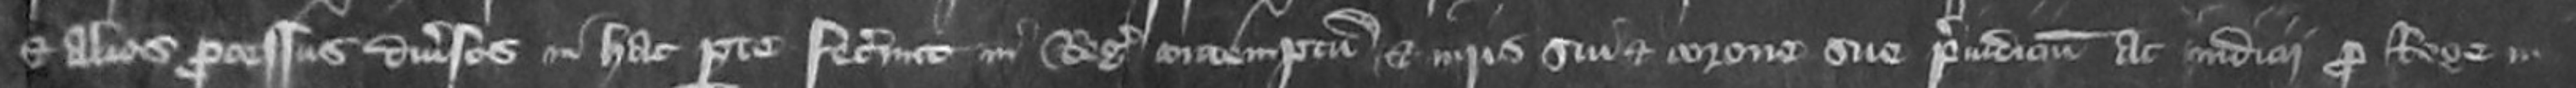
et alios processus diversos in hac parte fecerunt in Regis contemptum et iuris sui et corone sue preiudicium ac iudicii pro Rege in